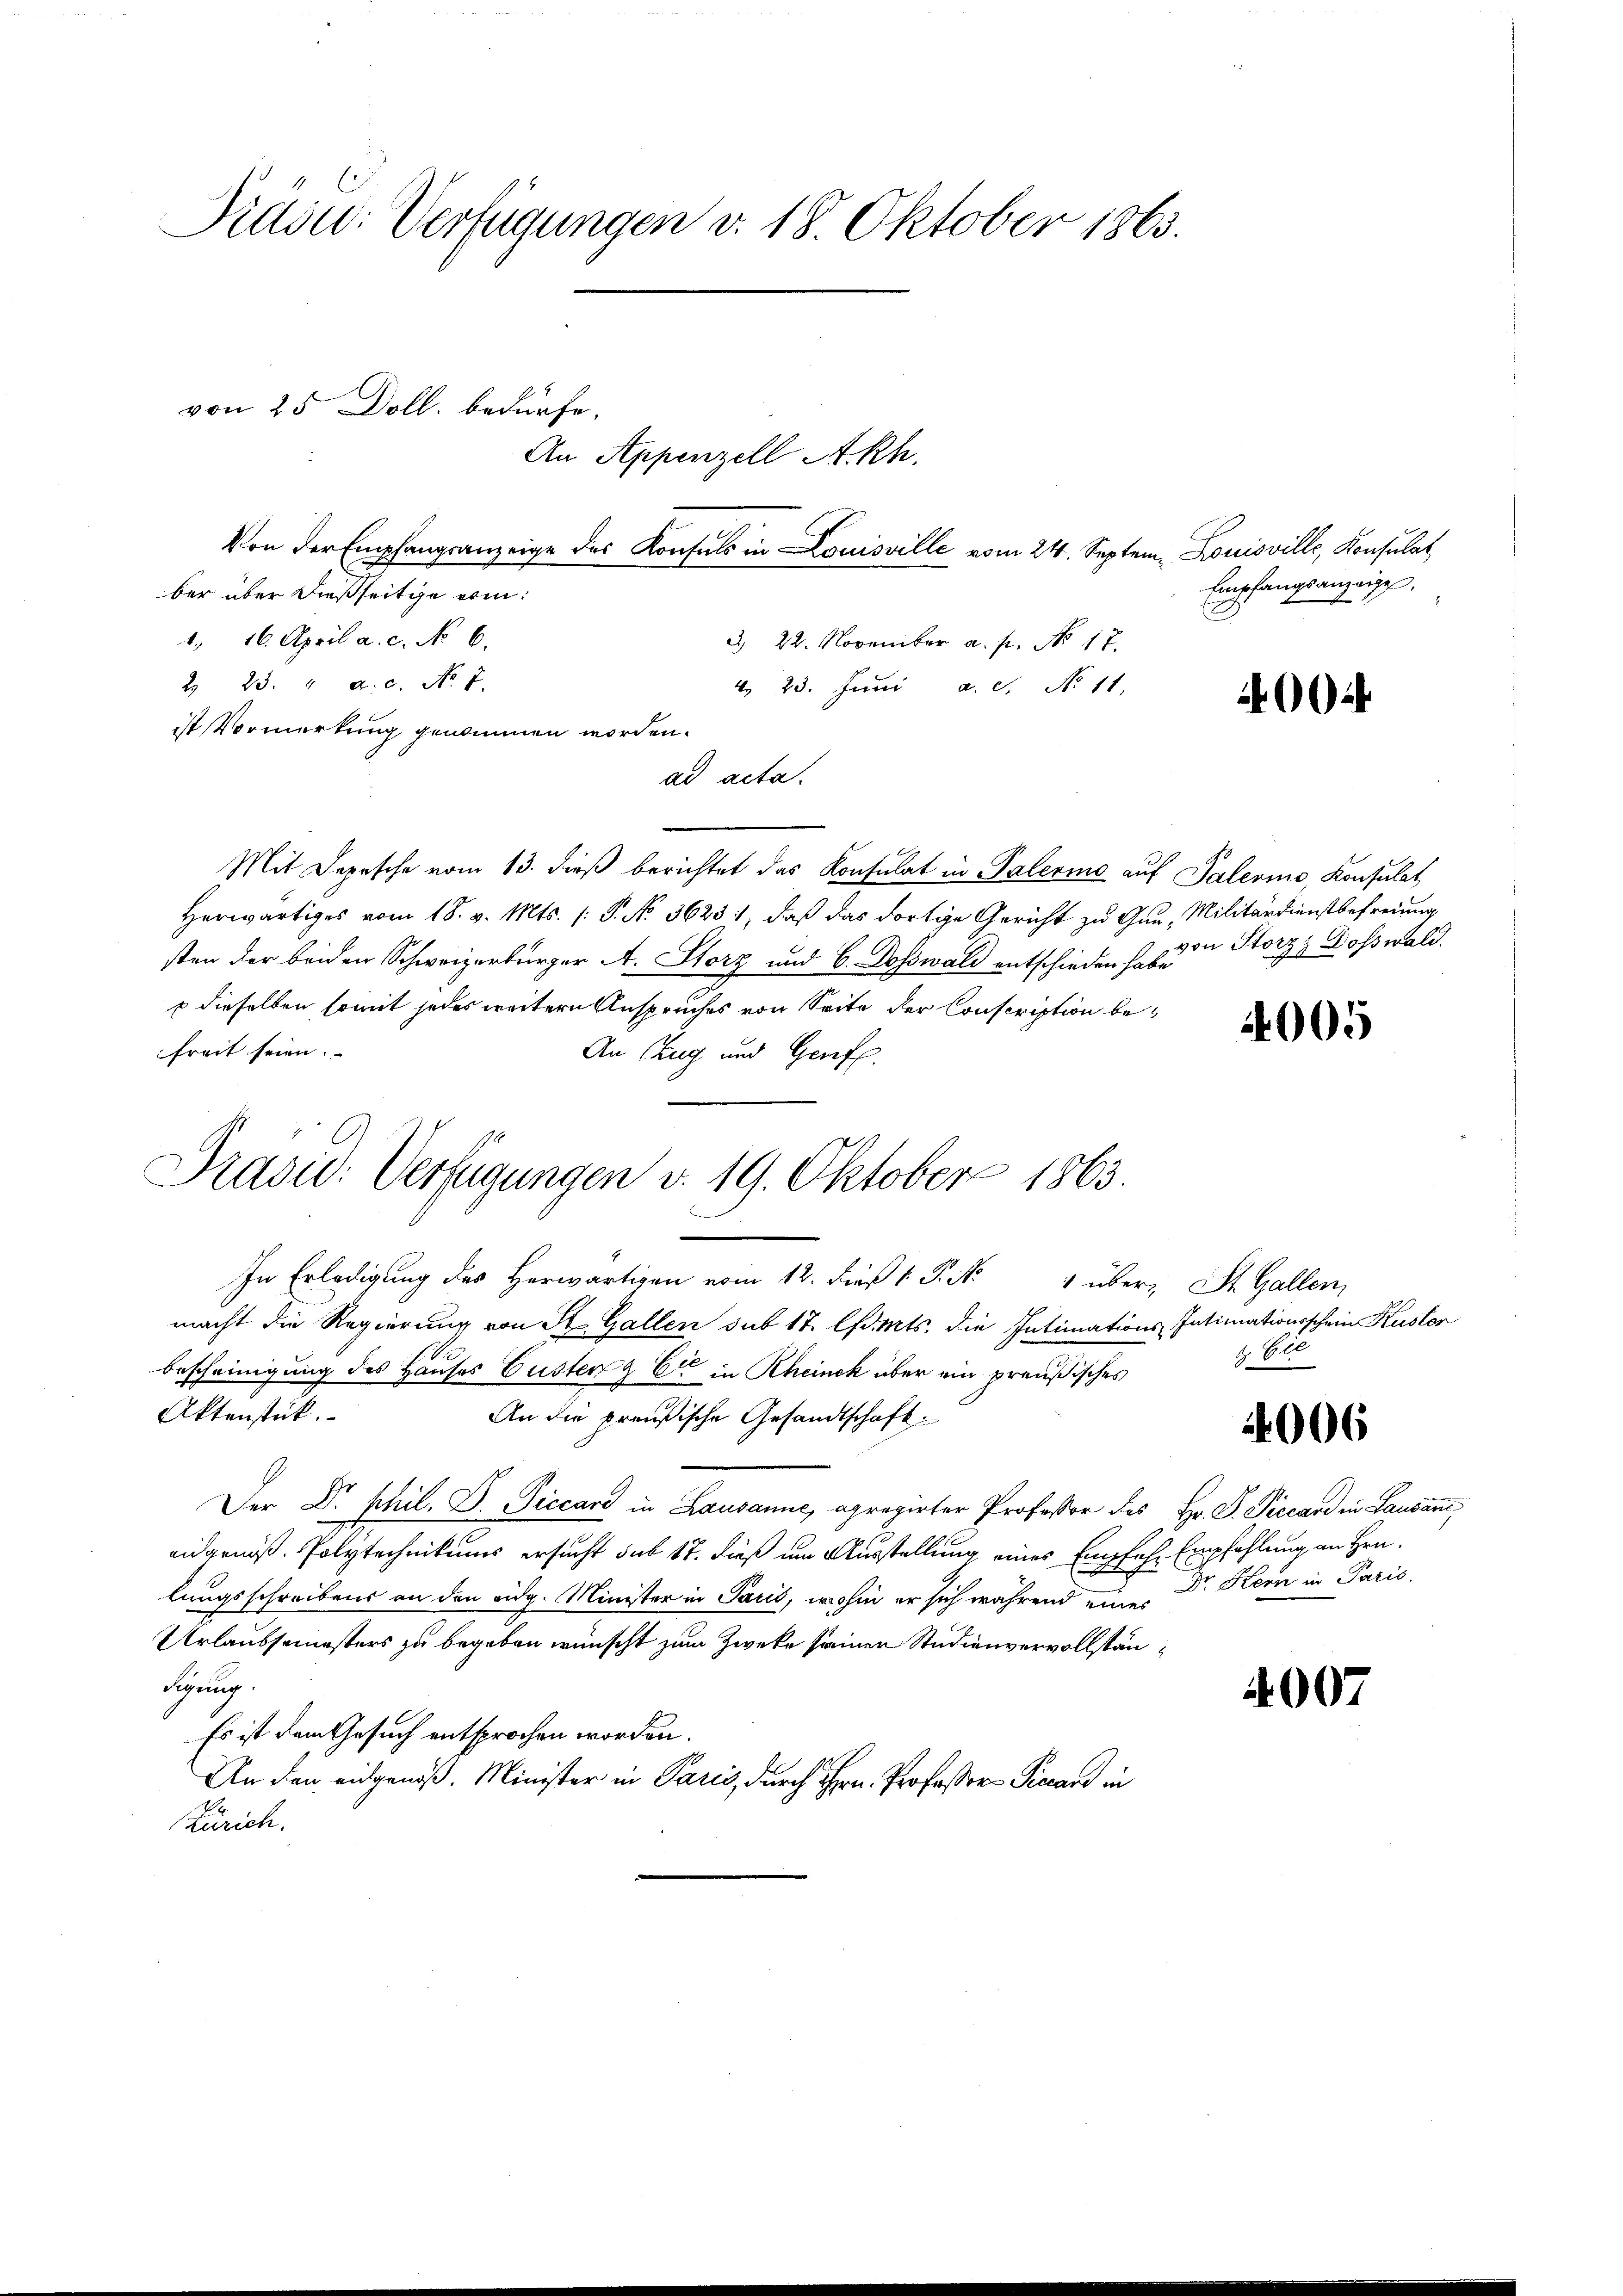
Präsu: Verfügungen v. 18. Oktober 1863.
von 25 Doll. bedürfe.
An Appenzell A.Rh.
Von der Empfangsanzeige des Konsuls in Louisville vom 24. Septem. Louisville, Konsulat

ber über dießseitge erin¬
1. 16. April a. c. No. 6.
d. 22. November a. p. No 17.
2. 23. 4. a. c. No 7.
 23. Juni a.c. No 11.
ist Vormerkung genommen worden.
ad acta.
Mit Depesche vom 13. dieβ berichtet das Konsulat in Palerina auf Palermo, Konsulat
Herwärtiges vom 18. v. Mts. (: P. No 36231, daß das dortige Gericht zu Gun, Militärdienstbefreiung
sten der beiden Schweizerbürger A. Storz und 6. Doswald entschieden habe,
dieselben somit jedes weitern Anspruches von Seite der Conscription befreit seien.
An Zug und Geriff.
Präsid. Verfügungen d. 19. Oktober 1863.
IIn Erledigung des herwärtigen vom 12. dieß P. N. 4 über- St. Gallen,
macht die Regierung von St. Gallen sub 17 lfd. Mts. die Intimations Intimationsschein Kuster
bescheinigung des Hauses Guster Cie in Rheinek über ein preußisches
Aktenstück.
An die preußische Gesandtschaft:
Der Dr. phil. D. Piccard in Lausanne, apregirter Professor des Hr. P. Piccard in Lausanc
eidgenöß. Polytechnikums ersucht sub 17. dieß um Ausstellung eines Emp
lungsschreibens an den eidg. Minister in Paris, wohin er sich während eine Dr. Kern in Paris,
Urlaubsemesters zu begeben wünscht zum Zwecke seiner Studienvervollstänschung.
Es ist dem Gesuch entsprochen worden.
An den eidgenöß. Minister in Paris, durch Hrn. Professor Piccand in
Zürich.

Empfangsanzeige,

0

von Storzz Dosswald.

4005

4. Seli

4006

fuhr Empfehlung an Hrn.

4007